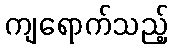
ကျရောက်သည့်